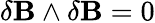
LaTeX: \delta\mathbf{B}\wedge\delta\mathbf{B}=0